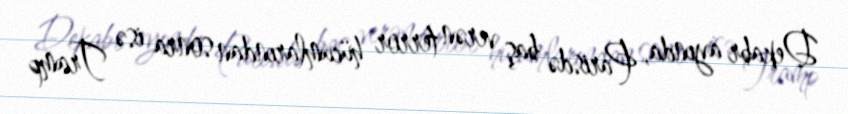
Dekabr ayında, Parisdə baş verən terror hücumlarından sonra isə Tramp